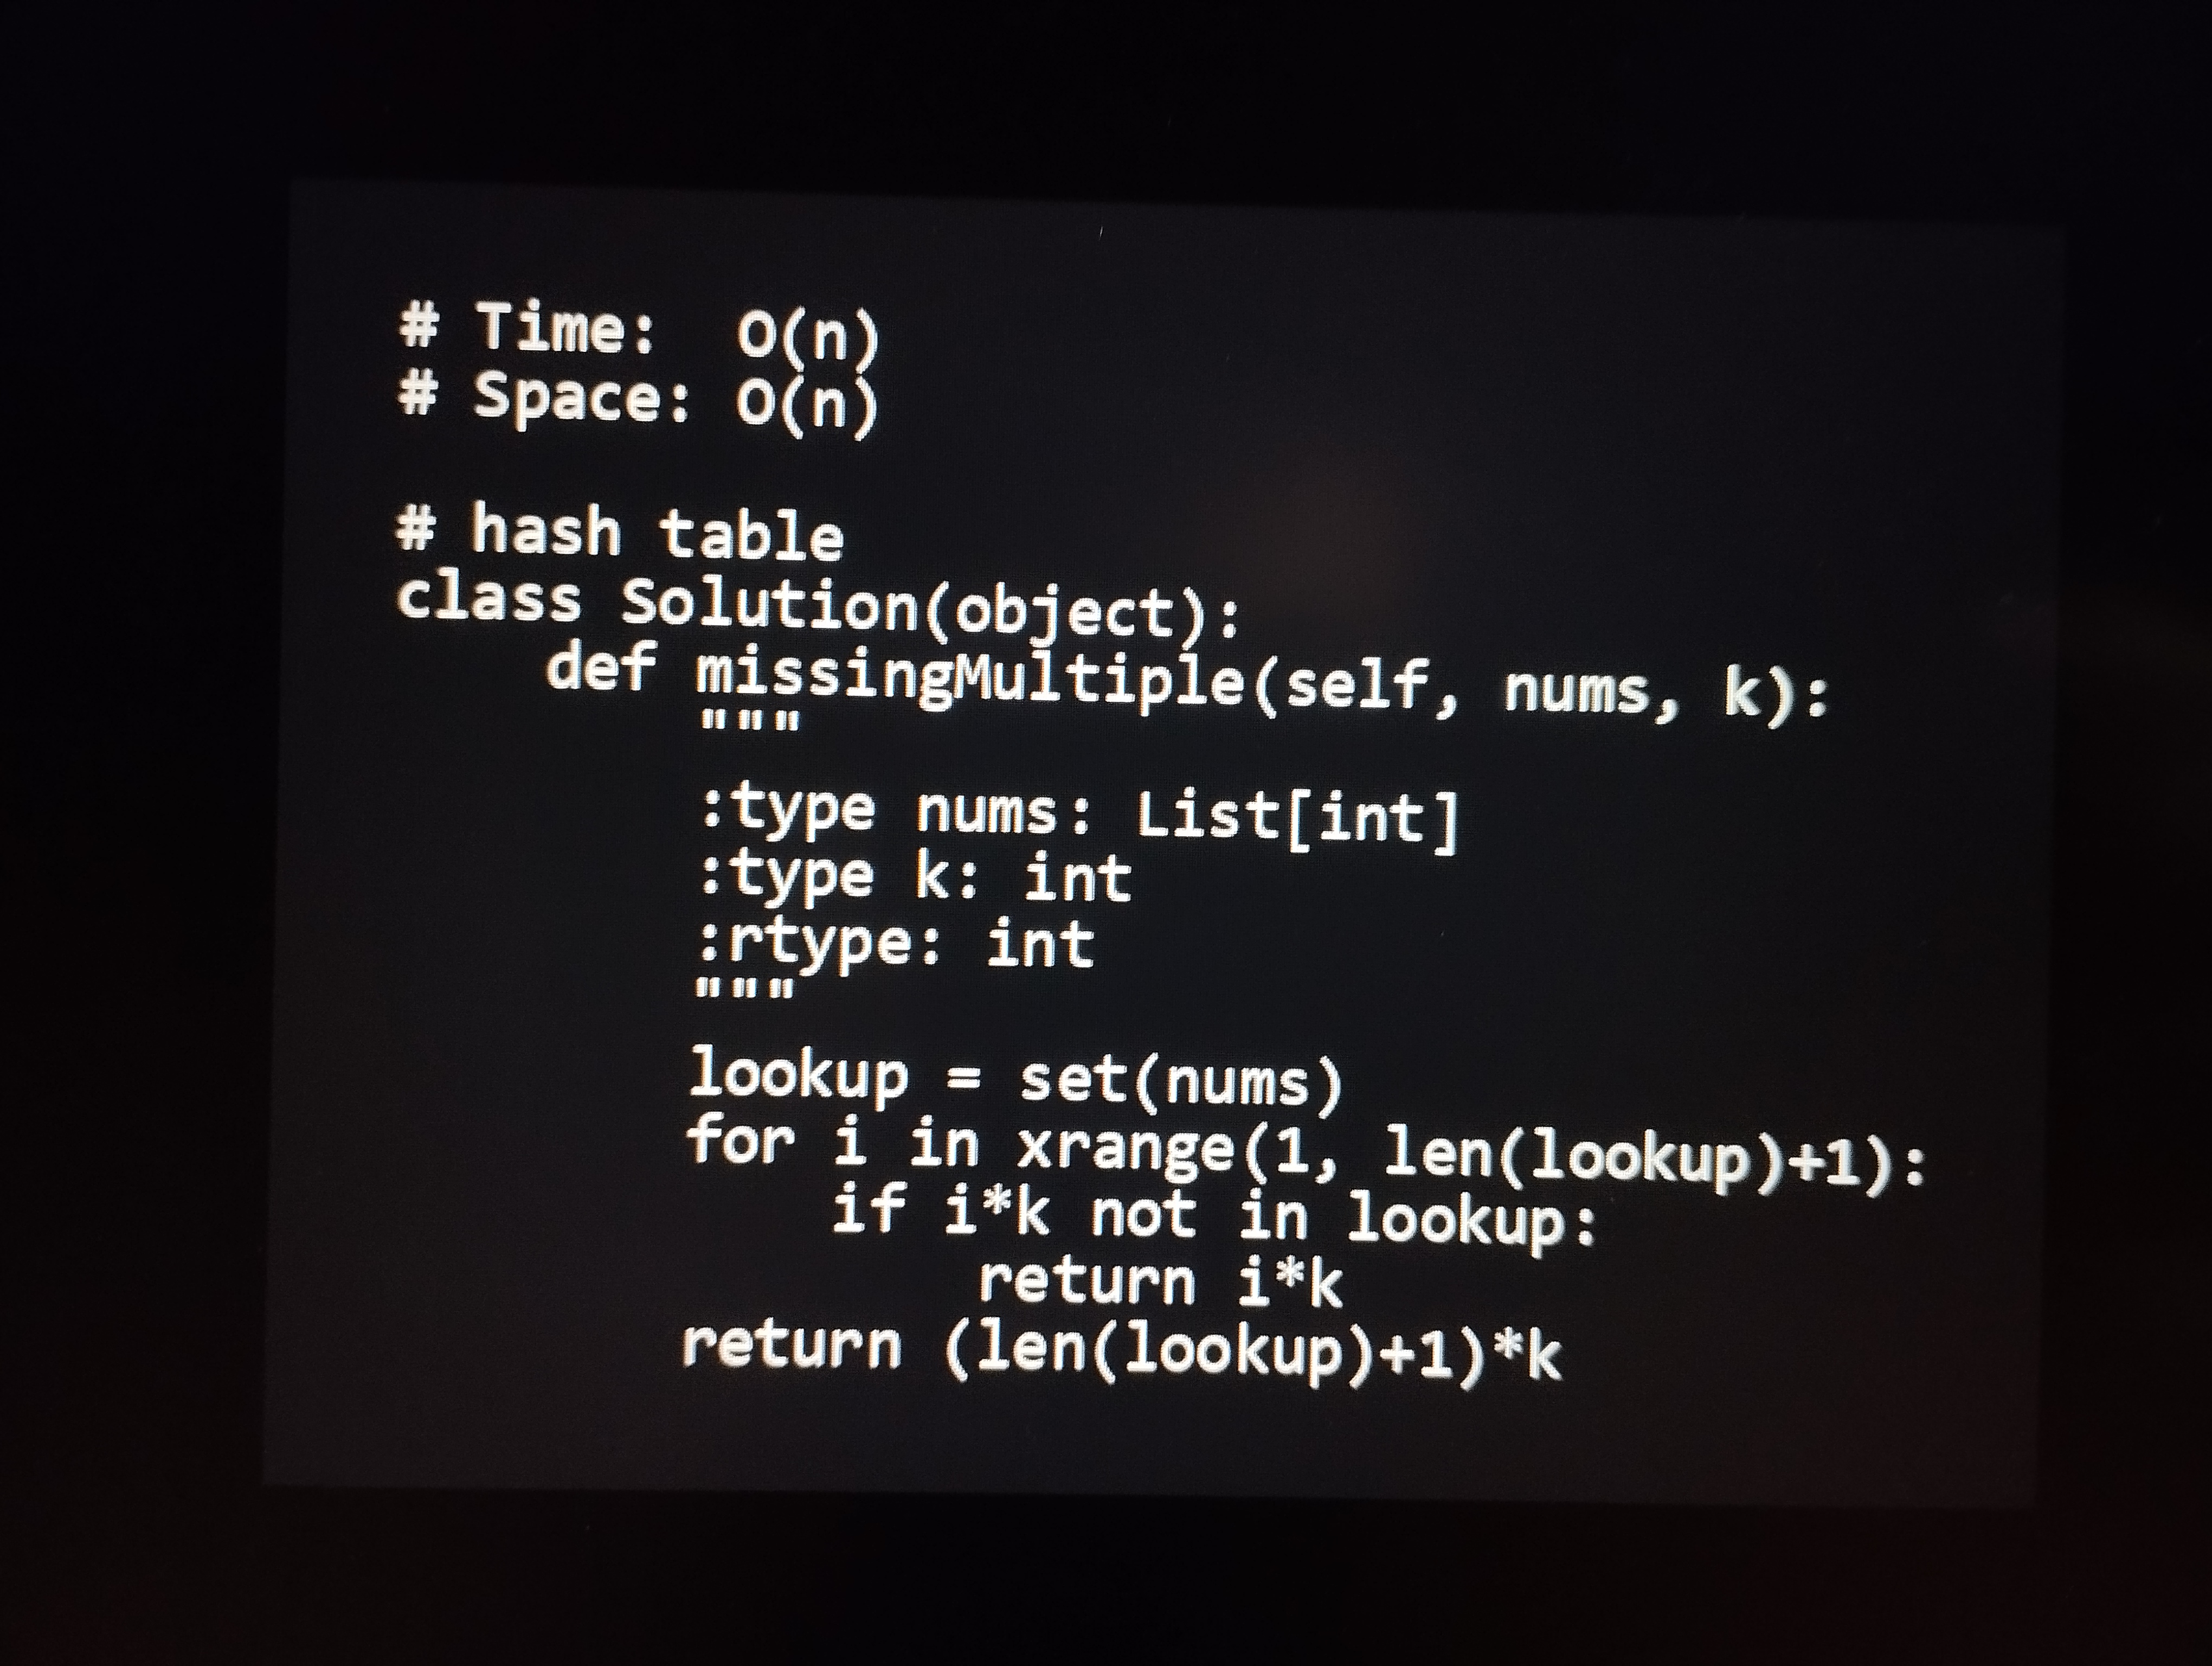
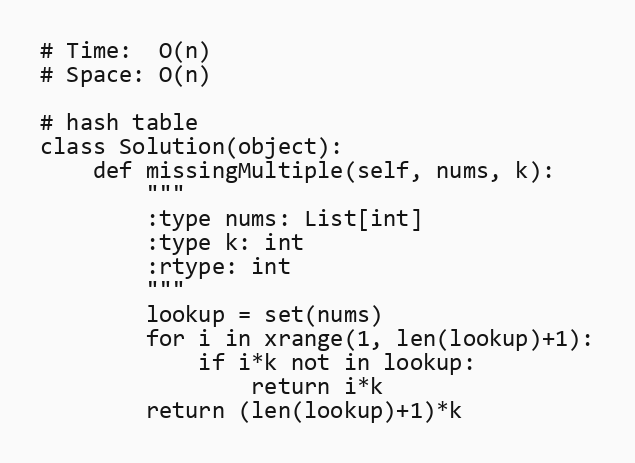
# Time:  O(n)
# Space: O(n)

# hash table
class Solution(object):
    def missingMultiple(self, nums, k):
        """
        :type nums: List[int]
        :type k: int
        :rtype: int
        """
        lookup = set(nums)
        for i in xrange(1, len(lookup)+1):
            if i*k not in lookup:
                return i*k
        return (len(lookup)+1)*k